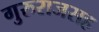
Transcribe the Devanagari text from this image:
गुरुराजसह